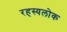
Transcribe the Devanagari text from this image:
रहस्यलोक